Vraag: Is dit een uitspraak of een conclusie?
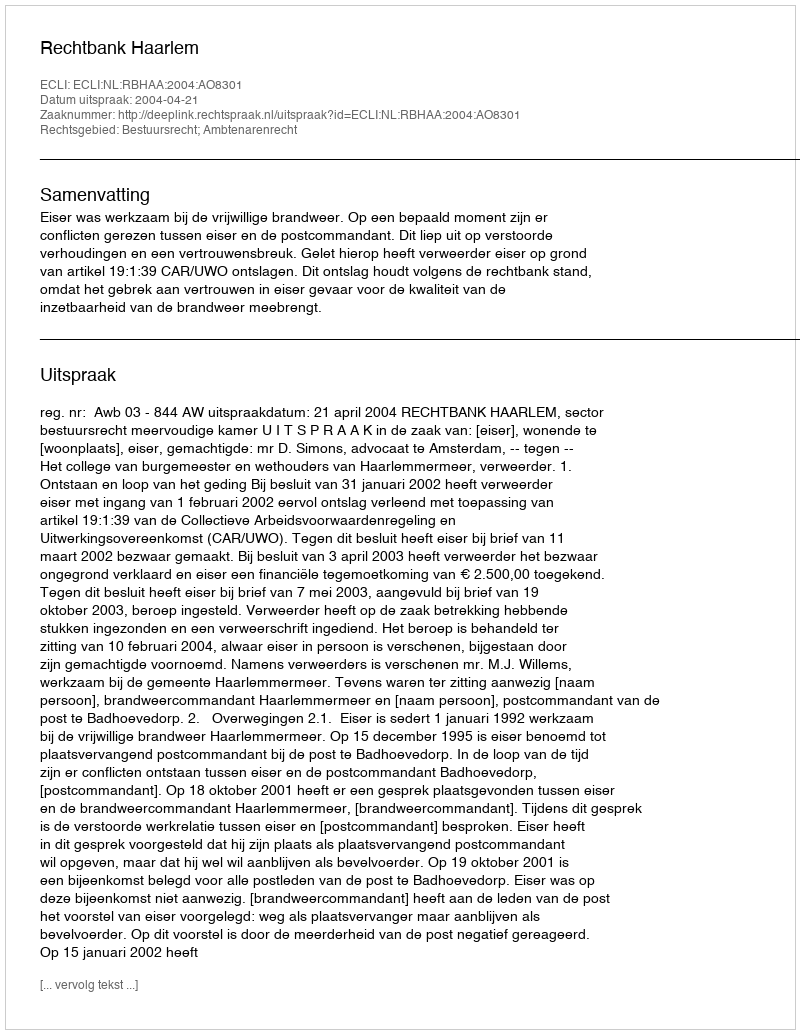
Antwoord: Uitspraak